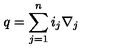
q = \sum _ { j = 1 } ^ { n } { i _ { j } \nabla _ { j } }